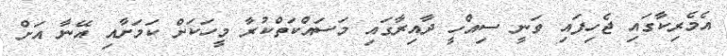
އެމެރިކާގައި ޖެހިފައި ވަނީ ސިއްހީ ދާއިރާގައި މަސައްކަތްކުރާ މީހަކަށް ކަމަށާއި އޭނާ އަށް